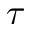
\tau